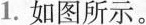
1.如图所示。